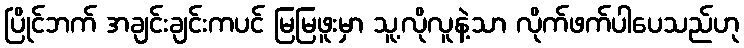
ပြိုင်ဘက် အချင်းချင်းကပင် မြမြဖူးမှာ သူ့လိုလူနဲ့သာ လိုက်ဖက်ပါပေသည်ဟု